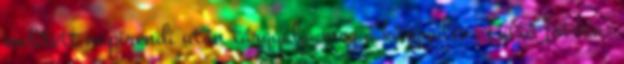
említett napirendi után tárgyalja meg a közgyűlés. Tüttő István: